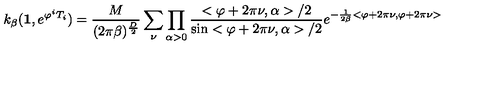
k _ { \beta } ( \mathrm { \bf 1 } , e ^ { \varphi ^ { i } T _ { i } } ) = \frac { M } { ( 2 \pi \beta ) ^ { \frac { D } { 2 } } } \sum _ { \nu } \prod _ { \alpha > 0 } \frac { < \varphi + 2 \pi \nu , \alpha > / 2 } { \sin < \varphi + 2 \pi \nu , \alpha > / 2 } e ^ { - \frac { 1 } { 2 \beta } < \varphi + 2 \pi \nu , \varphi + 2 \pi \nu > }